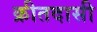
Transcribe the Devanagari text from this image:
क्रीतदासी